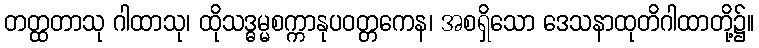
တတ္ထတာသု ဂါထာသု၊ ထိုသဒ္ဓမ္မစက္ကာနုပဝတ္တကေန၊ အစရှိသော ဒေသနာထုတိဂါထာတို့၌။